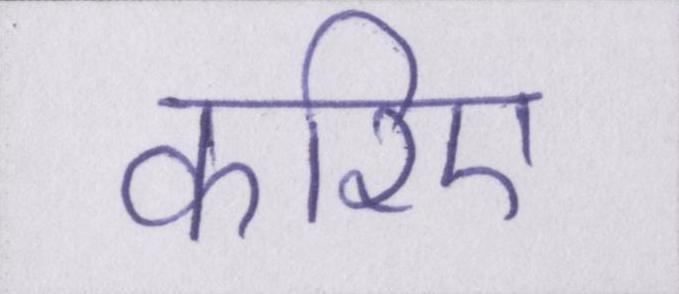
करिए